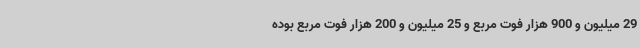
29 میلیون و 900 هزار فوت مربع و 25 میلیون و 200 هزار فوت مربع بوده